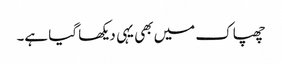
چھپاک میں بھی یہی دیکھا گیا ہے۔